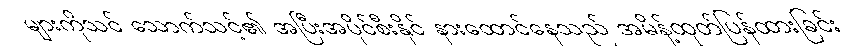
များကိုသင် သောက်သင့်၏ အပြီးအပိုင်စီးနိုင် နားထောင်နေသည် အမိန့်ထုတ်ပြန်ထားခြင်း